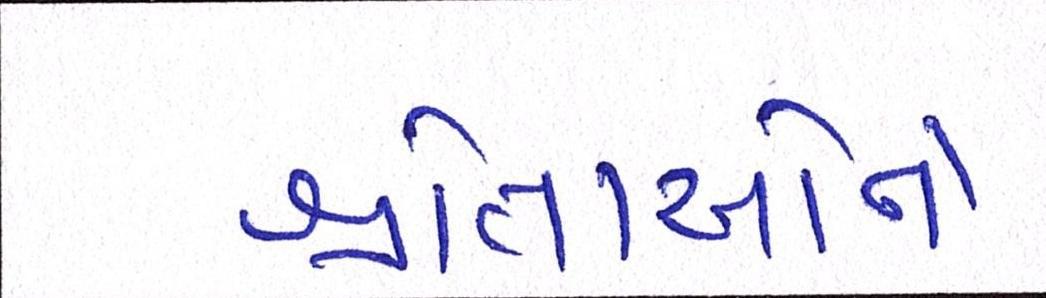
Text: શ્રોતાઓને